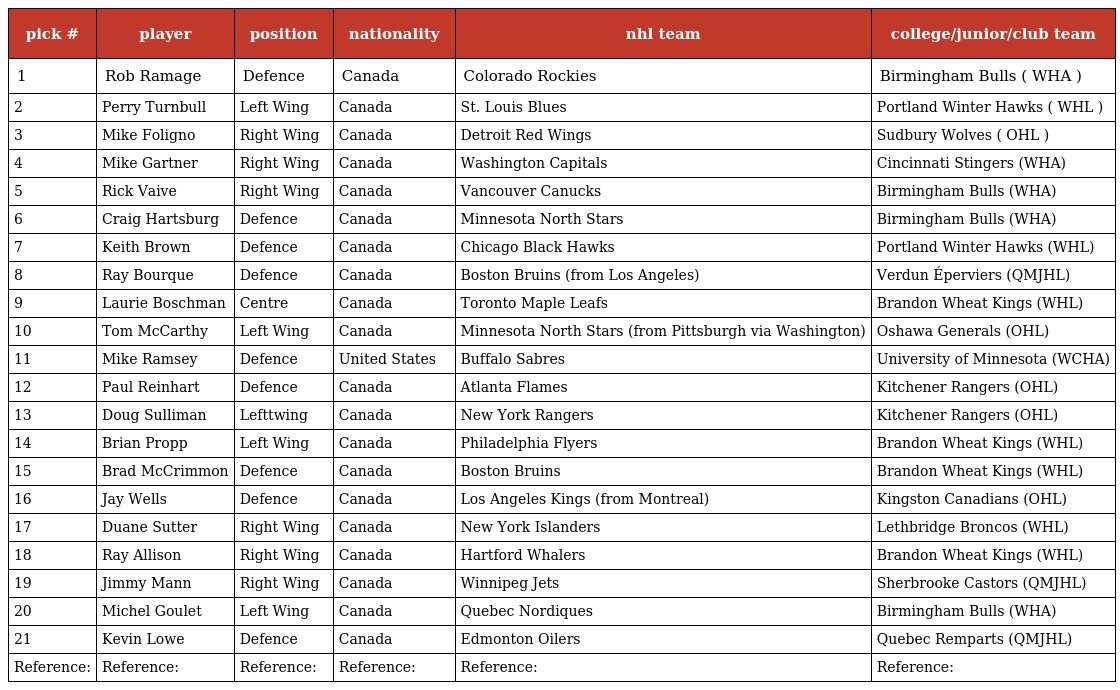
| pick # | player | position | nationality | nhl team | college/junior/club team |
 | --- | --- | --- | --- | --- | --- |
 | 1 | Rob Ramage | Defence | Canada | Colorado Rockies | Birmingham Bulls ( WHA ) |
 | 2 | Perry Turnbull | Left Wing | Canada | St. Louis Blues | Portland Winter Hawks ( WHL ) |
 | 3 | Mike Foligno | Right Wing | Canada | Detroit Red Wings | Sudbury Wolves ( OHL ) |
 | 4 | Mike Gartner | Right Wing | Canada | Washington Capitals | Cincinnati Stingers (WHA) |
 | 5 | Rick Vaive | Right Wing | Canada | Vancouver Canucks | Birmingham Bulls (WHA) |
 | 6 | Craig Hartsburg | Defence | Canada | Minnesota North Stars | Birmingham Bulls (WHA) |
 | 7 | Keith Brown | Defence | Canada | Chicago Black Hawks | Portland Winter Hawks (WHL) |
 | 8 | Ray Bourque | Defence | Canada | Boston Bruins (from Los Angeles) | Verdun Éperviers (QMJHL) |
 | 9 | Laurie Boschman | Centre | Canada | Toronto Maple Leafs | Brandon Wheat Kings (WHL) |
 | 10 | Tom McCarthy | Left Wing | Canada | Minnesota North Stars (from Pittsburgh via Washington) | Oshawa Generals (OHL) |
 | 11 | Mike Ramsey | Defence | United States | Buffalo Sabres | University of Minnesota (WCHA) |
 | 12 | Paul Reinhart | Defence | Canada | Atlanta Flames | Kitchener Rangers (OHL) |
 | 13 | Doug Sulliman | Lefttwing | Canada | New York Rangers | Kitchener Rangers (OHL) |
 | 14 | Brian Propp | Left Wing | Canada | Philadelphia Flyers | Brandon Wheat Kings (WHL) |
 | 15 | Brad McCrimmon | Defence | Canada | Boston Bruins | Brandon Wheat Kings (WHL) |
 | 16 | Jay Wells | Defence | Canada | Los Angeles Kings (from Montreal) | Kingston Canadians (OHL) |
 | 17 | Duane Sutter | Right Wing | Canada | New York Islanders | Lethbridge Broncos (WHL) |
 | 18 | Ray Allison | Right Wing | Canada | Hartford Whalers | Brandon Wheat Kings (WHL) |
 | 19 | Jimmy Mann | Right Wing | Canada | Winnipeg Jets | Sherbrooke Castors (QMJHL) |
 | 20 | Michel Goulet | Left Wing | Canada | Quebec Nordiques | Birmingham Bulls (WHA) |
 | 21 | Kevin Lowe | Defence | Canada | Edmonton Oilers | Quebec Remparts (QMJHL) |
 | Reference: | Reference: | Reference: | Reference: | Reference: | Reference: |